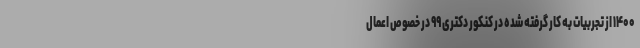
۱۴۰۰ از تجربیات به کار گرفته شده در کنکور دکتری ۹۹ در خصوص اعمال